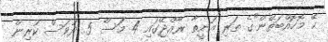
ހޭ މޮހޮއްބަތޭން"ގެ ތަރި އަނީތާ ރާއްޖޭގައި 4 މަސް 5 ދުވަސް ކުރިން